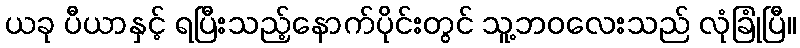
ယခု ပီယာနှင့် ရပြီးသည့်နောက်ပိုင်းတွင် သူ့ဘဝလေးသည် လုံခြုံပြီ။